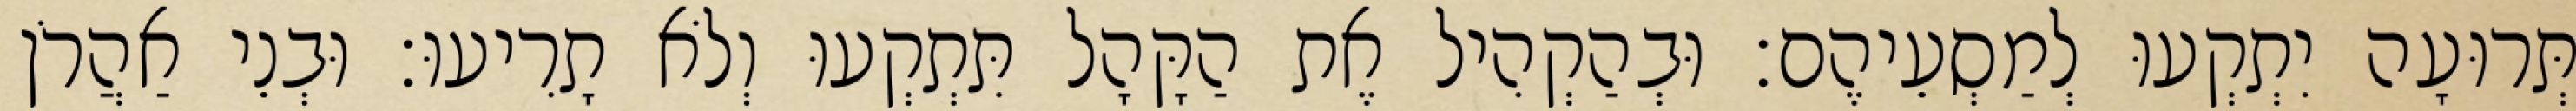
תְּרוּעָה יִתְקְעוּ לְמַסְעֵיהֶם׃ וּבְהַקְהִיל אֶת הַקָּהָל תִּתְקְעוּ וְלֹא תָרִיעוּ׃ וּבְנֵי אַהֲרֹן